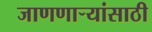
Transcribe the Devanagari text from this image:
जाणणार्‍यांसाठी